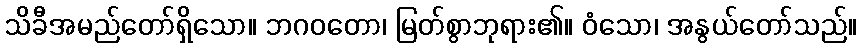
သိခီအမည်တော်ရှိသော။ ဘဂဝတော၊ မြတ်စွာဘုရား၏။ ဝံသော၊ အနွယ်တော်သည်။